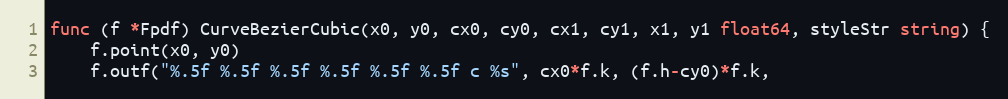
Language: Go
func (f *Fpdf) CurveBezierCubic(x0, y0, cx0, cy0, cx1, cy1, x1, y1 float64, styleStr string) {
	f.point(x0, y0)
	f.outf("%.5f %.5f %.5f %.5f %.5f %.5f c %s", cx0*f.k, (f.h-cy0)*f.k,